Report on sanitation, dispensaries, and jails in Rajputana for 1920, and on vaccination for the year 1920-1921 - 1920-1921
Year: 1920
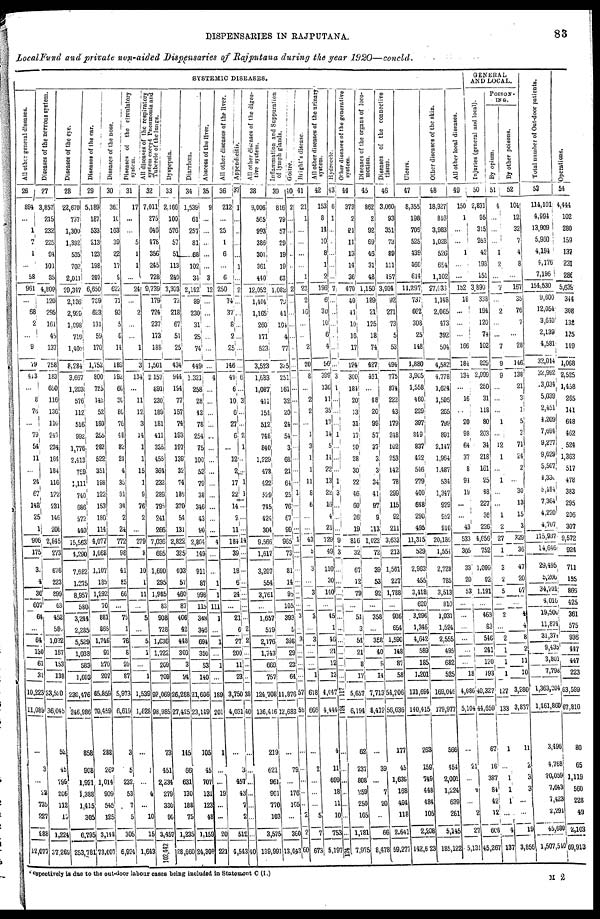
DISPENSARIES IN RAJPUTANA.
83
Local Fund and private non-aided Dispensaries of Rajputana during the year 1920—concld.
SYSTEMIC DISEASES.
All other general diseases.
26
894
...
1
7
1
...
58
961
...
68
2
...
9
79
413
...
8
76
...
79
54
11
...
24
67
148
25
1
906
175
3
4
36
607
64
...
64
130
61
31
10,223
11,089
...
3
...
22
735
227
888
12,077
Diseases of the nervous system.
27
3,857
215
232
225
84
101
35
4,809
120
295
161
45
137
758
183
650
116
136
116
247
234
164
184
116
122
231
146
206
2,845
273
676
223
899
63
452
580
1,032
157
153
138
33,520
36,045
52
45
799
206
112
10
1,224
37,269
Diseases of the eye.
28
22,670
737
1,300
1,392
535
702
2,011
29,347
2,136
2,929
1,098
719
1,402
8,284
3,667
1,203
576
112
516
992
1,776
2,413
759
1,111
740
686
572
440
15,563
4,290
7,682
1,275
8,957
580
3,244
2,285
5,529
1,038
583
1,603
230,476
246,986
858
908
1,921
1,388
1,415
305
6,795
253,781
Diseases of the ear.
29
5,189
187
533
213
123
198
207
6,650
769
623
131
59
170
1,752
800
725
I42
52
180
255
283
522
351
198
122
153
180
114
4,077
1,068
1,107
185
1,292
70
881
865
1,746
91
270
207
65,859
70,459
288
267
1,014
909
545
125
3,148
73,607
Diseases of the nose.
30
361
11
163
39
22
17
9
622
71
93
5
6
14
189
192
60
30
80
76
48
82
24
4
35
31
34
2
24
772
98
41
25
66
...
75
1
76
8
20
87
5,973
6,619
3
5
232
53
7
5
305
6,924
Diseases of the circulatory
system.
31
17
...
...
5
1
1
...
24
...
2
...
...
1
3
134
...
11
12
3
14
1
1
15
1
9
76
2
...
279
8
10
1
11
...
5
...
5
1
...
1
1,539
1,628
...
1
...
4
...
10
15
1,643
All diseases of the respiratory
system except Pneumonia and
Tubercle of the lungs.
32
7,011
275
646
478
356
245
728
9,739
179
724
237
173
188
1,501
2,157
691
230
189
181
411
355
455
364
232
289
795
241
266
7,036
695
1,690
295
1,985
83
908
728
1,636
1,722
209
709
92,069
98,985
73
451
2,234
279
330
90
3,457
102,442
Dyspepsia.
33
2,166
100
576
57
51
113
240
3,303
73
218
67
51
25
434
944
194
77
157
74
193
197
139
32
74
186
370
54
131
2,822
325
403
57
460
87
406
42
448
300
3
24
26,268
27,425
145
66
631
130
188
75
1,235
28,660
Diarrhœa.
34
1,539
61
257
81
68
102
34
2,142
89
230
31
25
74
449
1,321
258
28
42
78
254
75
100
52
79
38
346
43
90
2,864
149
911
87
998
115
348
346
694
350
53
140
21,606
23,149
105
45
707
131
123
48
1,159
24,308
Abscess of the liver.
35
9
...
...
...
...
...
3
12
...
...
...
...
...
...
4
...
...
...
...
...
...
...
...
...
...
...
...
...
4
...
...
1
1
111
1
...
1
...
1
...
189
201
1
...
...
19
...
...
20
221
All other diseases of the liver.
36
212
...
25
1
6
...
6
250
74
37
8
2
25
146
49
6
10
6
27
6
...
12
2
17
22
14
2
11
184
39
18
6
24
...
21
6
27
200
11
23
3,750
4,031
...
3
457
43
7
2
512
4,543
Appendicitis.
37
1
...
..
...
...
1
...
1
...
...
...
...
...
...
6
...
3
...
...
2
1
...
...
1
1
...
...
...
14
...
...
...
...
...
...
2
2
...
...
...
38
40
...
...
...
...
...
...
...
40
All other diseases of the diges-
tive system.
38
9,006
565
993
386
301
361
440
12,052
1,404
1,165
260
171
523
3,523
1,683
1,087
411
154
512
748
840
1,229
478
422
529
745
424
304
9,566
1,617
3,207
554
3,761
...
1,657
519
2,176
1,743
669
757
124,708
136,416
219
621
961
901
770
103
3,575
139,991
Inflammation and Suppuration
of lymph glands.
39
816
79
57
29
19
19
63
1,082
79
61
104
4
77
325
251
161
32
20
24
54
3
68
21
64
25
76
67
99
965
73
81
14
90
105
393
5
396
29
23
64
11,876
12,683
...
79
...
176
165
...
360
13,043
Goitre.
40
2
...
...
...
...
...
2
...
...
...
...
...
...
...
...
...
...
...
...
...
...
...
...
1
...
...
...
1
...
...
...
...
...
3
...
3
...
...
...
57
58
...
...
...
...
...
...
2
60
Bright's disease.
41
21
1
...
...
...
...
1
23
2
16
...
...
2
20
8
...
2
2
...
1
3
1
1
11
8
6
...
...
43
5
3
...
3
...
3
...
3
...
...
1
618
666
...
2
...
...
...
5
7
673
All other diseases of the urinary
system.
42
153
8
14
10
8
1
2
196
6
30
10
6
4
56
399
136
11
35
17
14
5
14
22
13
22
16
4
21
729
49
110
30
140
...
45
1
46
21
12
13
4,047
4,444
4
11
699
18
11
10
753
5,197
Hydrocele.
43
6
1
...
...
...
...
...
7
...
...
...
...
...
...
3
1
...
...
...
1
...
...
...
1
3
...
...
...
9
3
...
...
...
...
...
...
...
...
...
...
117
124
...
...
...
...
...
...
...
124
Other diseases of the generative
system.
44
373
2
21
11
13
14
36
470
40
4l
10
16
17
124
300
184
20
13
31
17
20
28
30
22
46
60
26
19
816
32
67
12
79
...
51
3
54
21
8
17
5,657
6,194
62
237
808
259
250
165
1,781
1 7,975
Diseases of the organs of loco-
motion.
45
862
2
92
69
46
31
48
1,150
189
21
125
18
74
427
461
...
48
20
99
57
37
3
3
34
41
97
9
113
1,022
72
39
53
92
...
358
...
358
40
9
14
7,713
8,412
...
39
...
7
20
...
66
8,478
Diseases of the connective
tissue.
46
3,060
93
351
73
89
111
157
3,934
92
271
73
5
53
494
775
874
222
43
179
248
102
253
142
78
299
115
92
211
3,633
213
1,561
227
1,788
...
936
654
1,590
148
87
58
54,206
56,636
177
45
1,639
168
494
118
2,641
59,277
Ulcers.
47
8,355
198
706
525
439
460
614
11,297
737
662
308
25
148
1,880
3,905
1,558
460
229
397
849
837
422
546
279
400
648
290
495
11,315
529
2,963
455
3,418
620
3,296
1,346
4,642
589
185
1,201
131,694
140,415
263
159
749
448
484
105
2,208
142,623
Other diseases of the skin.
48
18,927
816
3,983
1,028
526
654
1,102
27,033
1,148
2,065
473
392
504
4,582
4,778
1,624
1,595
265
799
891
2,147
1,964
1,487
534
1,347
929
952
910
20,186
1,554
2,728
785
3,513
810
1,031
1,524
2,555
495
682
525
169,046
179,977
566
454
2,001
1,224
639
261
5,145
185,122
All other local diseases.
49
150
1
...
...
1
...
...
152
18
...
...
...
166
184
134
...
16
...
20
98
64
37
8
91
19
...
...
43
533
305
33
20
53
...
...
...
...
...
...
18
4,086
5,104
...
21
...
1
...
2
27
5,131
GENERAL
AND LOCAL.
Injuries (general and local).
50
2,831
95
315
263
42
193
151
3,890
338
194
120
74
102
829
2,999
250
31
118
80
203
34
218
161
25
48
227
36
226
4,656
752
1,099
92
1,191
...
463
83
546
241
120
193
40,327
44,659
67
16
387
84
42
12
608
45,267
POISON-
ING.
By opium.
51
4
...
...
...
1
2
...
7
...
2
...
...
7
9
9
...
...
...
1
...
12
1
...
1
...
...
1
2
27
1
3
2
5
...
2
...
2
1
1
1
127
133
1
...
1
1
1
...
4
137
By other poisons.
52
104
12
32
7
4
8
...
167
35
76
7
...
28
146
138
21
3
1
5
3
71
24
2
...
30
13
15
3
329
36
47
20
67
...
4
4
8
2
11
10
3,280
3,837
11
2
3
3
...
...
19
3,856
Total number of Out-door patients.
53
114,101
4,994
13,909
5,960
4,194
4,176
7,196
154,530
9,600
12,054
3,640
2,139
4,581
32,014
32,992
3,034
5,039
2,451
4,209
7,694
9,277
9,629
5,507
4,330
5,484
7,364
4,220
4,707
115,937
14,646
29,495
5,206
34,701
4,016
19,500
11,874
31,374
9,435
3,801
7,798
1,363,204
1,461,860
3,496
4,768
20,059
7,643
7,423
2,291
45,680
1,507,510
Operations.
54
4,444
102
280
159
137
231
280
5,639
344
308
132
135
149
1,068
2,525
1,458
265
141
648
462
524
1,363
517
478
383
295
206
307
9,572
924
711
155
806
425
361
575
936
447
447
223
63,599
67,810
80
65
1,119
560
228
49
2,103
69,913
Respectively is due to the out-door labour cases being included in Statement C (I.)
M 2